system: You are a helpful assistant.
user:
Analyze the provided spectrum to determine if it is a **White Dwarf (WD)**.

A White Dwarf spectrum is defined by its **extreme purity** (due to gravitational settling) and/or **extreme pressure broadening** (due to high surface gravity). You must check for one of the following mutually exclusive signatures:

- **Key Visual Indicators (Check for ONE of these types):**

    - **1. DA-Type Signature (Most Common):**
        - **(Primary Feature):** Extreme pressure broadening (Stark broadening) of the **Hydrogen (H) Balmer lines**.
        - **(Key Lines):** $H\beta$ (approx. $4861$ Å) and $H\gamma$ (approx. $4340$ Å). $H\alpha$ (approx. $6563$ Å) will also be present if the wavelength range covers it.
        - **(Line Profile):** This is the **defining feature**. The lines are **NOT** sharp. They appear as massive, **extremely broad and deep "troughs" or "dips"** in the spectrum, often hundreds of Ångströms wide. The continuum will appear to "scoop" down at these wavelengths.
        - **(Distinction):** Normal A-type or B-type stars have *narrow* and *sharp* Hydrogen lines. A DA White Dwarf's lines are unmistakably "smeared" or "blurry" from pressure.

    - **2. DB-Type Signature:**
        - **(Primary Feature):** Broad absorption lines from **Neutral Helium (He I)**. The spectrum must lack any visible Hydrogen lines.
        - **(Key Lines):** Look for broad absorption near $4471$ Å, $4921$ Å, and $5876$ Å.
        - **(Line Profile):** These lines are also significantly pressure-broadened, appearing much wider than they would in a normal B-type main-sequence star.

    - **3. DC-Type Signature:**
        - **(Primary Feature):** A **featureless continuous spectrum**.
        - **(Line Profile):** The spectrum is a smooth curve with **no significant absorption or emission lines**.
        - **(Key Confirmation):** The continuum is almost always **blue or white**, indicating a hot object. This signature implies the atmosphere is so pure (or so cool) that no spectral lines are visible in the optical range. Its WD identity is confirmed by its extremely low intrinsic brightness (high absolute magnitude).

    - **4. DZ-Type Signature (Metal-Polluted):**
        - **(Primary Feature):** **Isolated, narrow metal absorption lines** on an otherwise featureless (DC-like) continuum.
        - **(Key Lines):** The **Calcium (Ca II) H & K doublet** (approx. **$3934$ Å** and **$3968$ Å**) is the most common and defining feature.
        - **(Line Profile):** These lines are "out of place." They are *not* part of a "forest" of thousands of lines. This signature is evidence of recent *accretion* (pollution) from rocky debris.
        - **(Distinction):** Normal G/K/M stars have a *dense forest* of thousands of metal lines. A DZ has a *clean* continuum with *only a few* strong metal lines.

    - **5. DQ-Type Signature (Carbon-Polluted):**
        - **(Primary Feature):** Absorption bands from **Carbon (C₂ "Swan Bands" or atomic C I)**.
        - **(Key Lines - C₂):** Look for bandheads with a "saw-tooth" shape near $5635$ Å, **$5165$ Å** (strongest), and $4737$ Å.
        - **(Key Confirmation):** The underlying **continuum must be blue or white** (hot).
        - **(Distinction):** This is the critical difference from a **Carbon Star**, which has the *exact same* C₂ bands but on an extremely **red, cool** continuum.

- **(Overall Spectrum):**
    - The continuum (overall shape) is typically **blue-sloping** (brighter in the blue than the red), as most white dwarfs are very hot.
    - The spectrum will look "pure" or "simple," dominated by only *one* of the five signatures listed above.

Think first, call **spectral_visualization_tool** if needed to examine features in detail, then provide your final answer. Your response must adhere to the following strict rules:
1.  **Overall Structure:** Your response must follow the format `<think>...</think> <tool_call>...</tool_call> (if a tool is used) <answer>...</answer>`.
2.  **Tool Usage Constraint:** You may only make **one** tool call per turn.
3.  **Final Answer Format:** In the `<answer>` tag, your conclusion must be inside a `\boxed{}` command (e.g., `\boxed{YES}` or `\boxed{NO}`), followed by your justification.

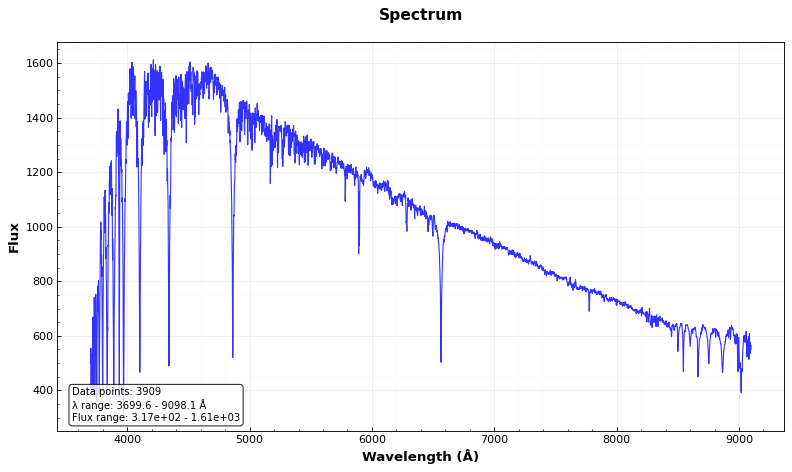
Answer: NO